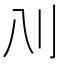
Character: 𰄙